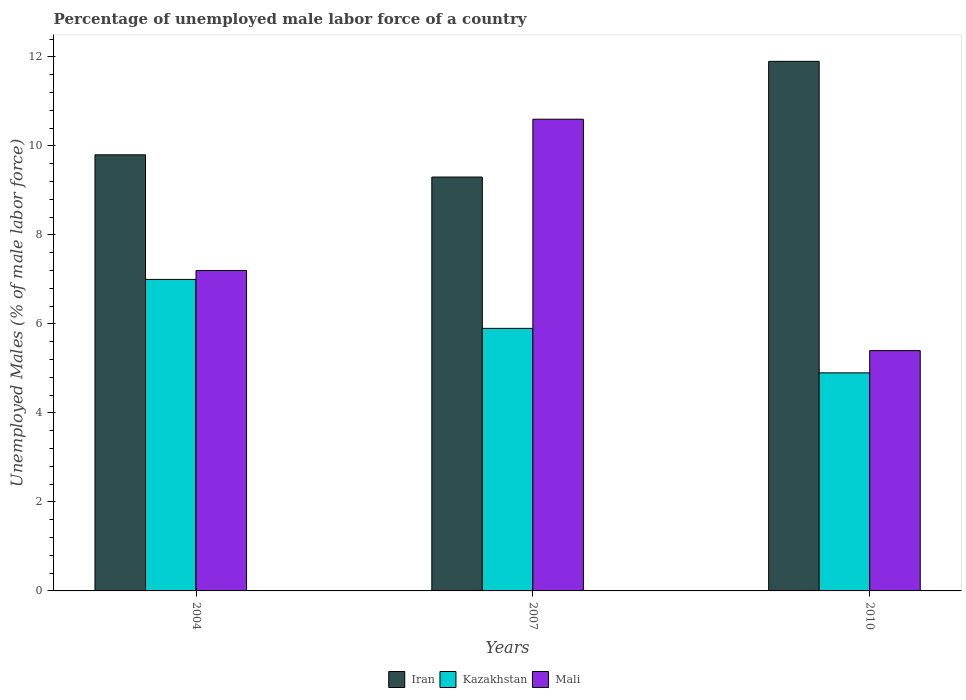
| Years | Iran | Kazakhstan | Mali |
 | --- | --- | --- | --- |
 | 2004 | 9.8 | 7 | 7.2 |
 | 2007 | 9.3 | 5.9 | 10.6 |
 | 2010 | 11.9 | 4.9 | 5.4 |